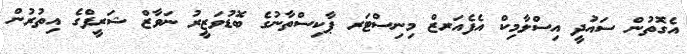
އެގޮތުން ސައުދީ އިސްލާމިކް އެފެއަރޒް މިނިސްޓަރ ޕާކިސްތާނުގެ ބޮޑުވަޒީރު ނަވާޒް ޝަރީފްގެ އިތުރުން